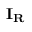
\mathbf { I _ { R } }